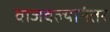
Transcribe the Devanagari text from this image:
वाजवल्यानंतर